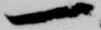
一